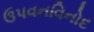
ઉપવનવિનોદ